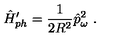
\hat { H } _ { p h } ^ { \prime } = \frac { 1 } { 2 R ^ { 2 } } \hat { p } _ { \omega } ^ { 2 } \ .